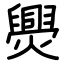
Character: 爂